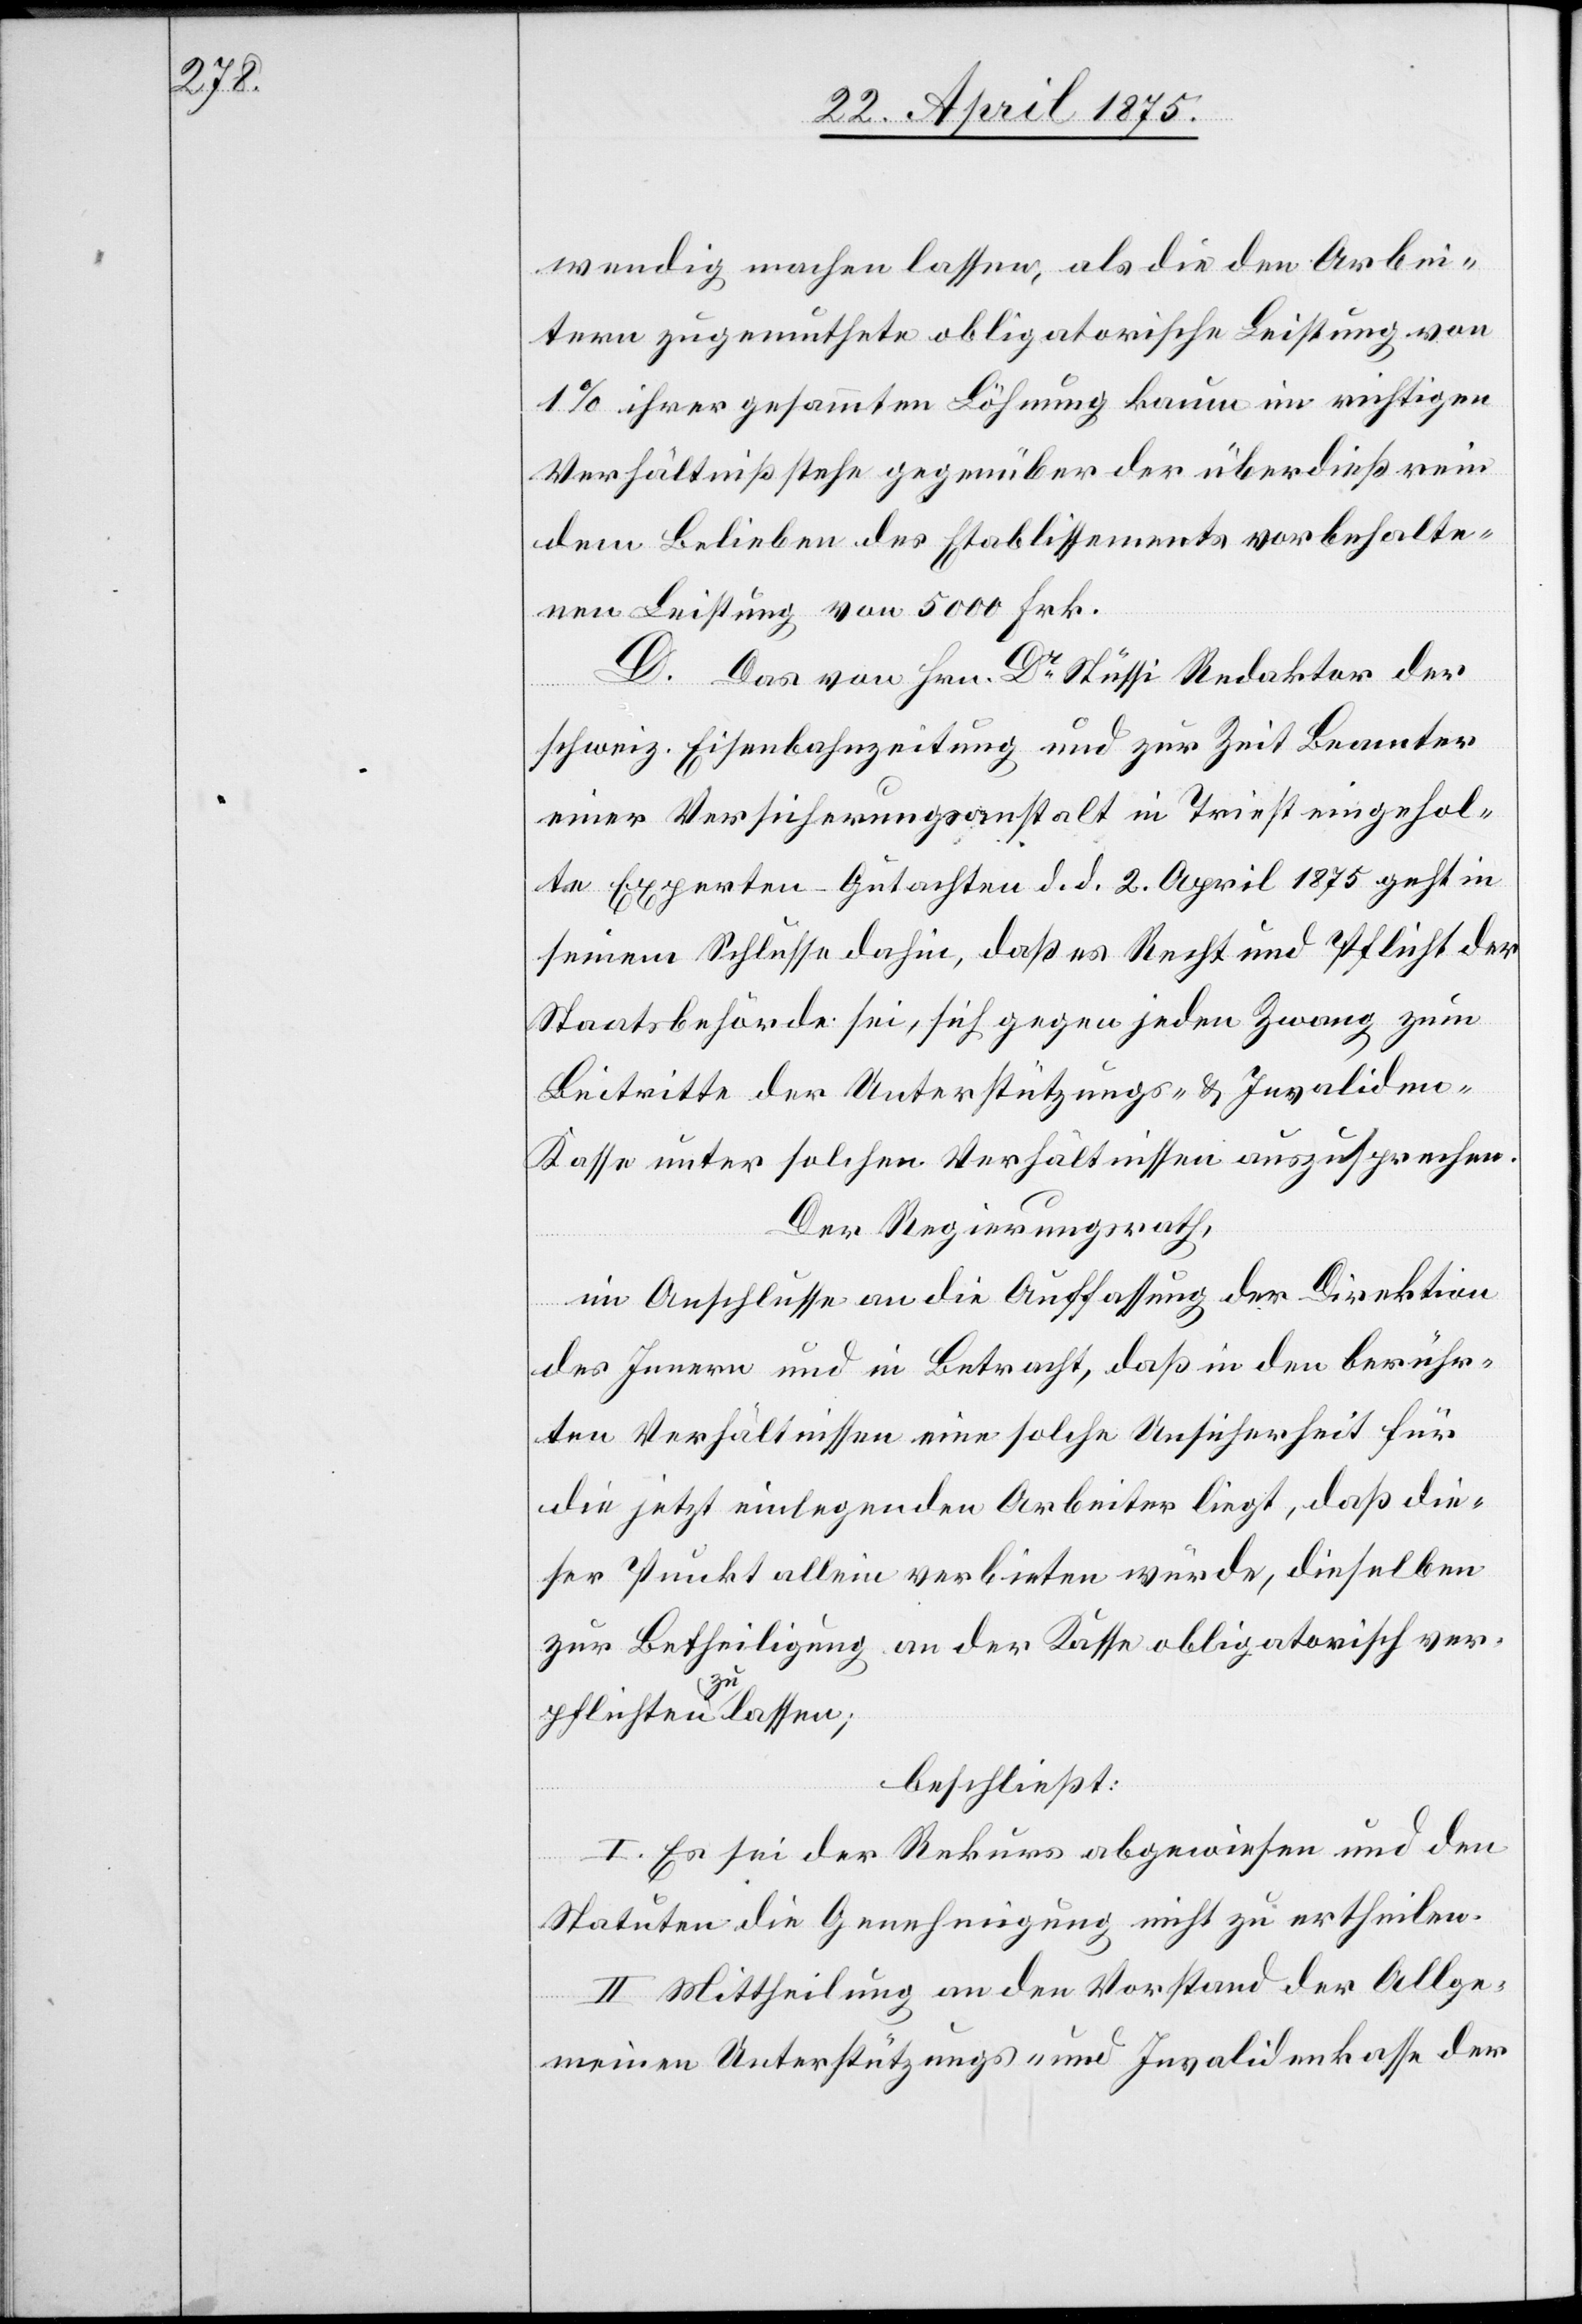
wendig machen lassen, als die den Arbei¬
tern zugemuthete obligatorische Leistung von
1% ihrer gesammten Löhnung kaum im richtigen
Verhältniß stehe gegenüber der überdieß rein
dem Belieben des Etablissements vorbehalte¬
nen Leistung von 5000 Frk.
D. Das von Hrn. Dr. Stüssi Redaktor der
schweiz. Eisenbahnzeitung und zur Zeit Beamter
einer Versicherungsanstalt in Triest eingehol¬
te Experten-Gutachten d. d. 2. April 1875 geht in
seinem Schlusse dahin, daß es Recht und Pflicht der
Staatsbehörde sei, sich gegen jeden Zwang zum
Beitritte der Unterstützungs- & Invaliden¬
kasse unter solchen Verhältnissen auszusprechen.
Der Regierungsrath,
im Anschlusse an die Auffassung der Direktion
des Innern und in Betracht daß in den berühr¬
ten Verhältnissen eine solche Unsicherheit für
die jetzt einlegenden Arbeiter liegt, daß die¬
ser Punkt allein verbieten würde, dieselben
zur Betheiligung an der Kasse obligatorisch ver¬
pflichten zu lassen;
beschließt:
I. Es sei der Rekurs abgewiesen und den
Statuten die Genehmigung nicht zu ertheilen.
II. Mittheilung an den Vorstand der Allge¬
meinen Unterstützungs- und Invalidenkasse der